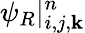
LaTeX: \psi_{R}|_{i,j,\mathbf{k}}^{n}